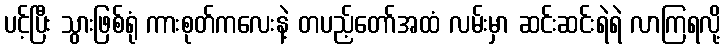
ပင့်ပြီး သွားဖြစ်ရုံ ကားစုတ်ကလေးနဲ့ တပည့်တော်အထံ လမ်းမှာ ဆင်းဆင်းရဲရဲ လာကြရလို့